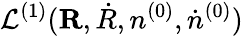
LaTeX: {\cal L}^{(1)}({\mathbf R,\dot{R}},n^{(0)},{\dot{n}^{(0)}})